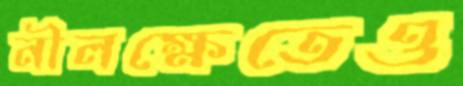
নীলক্ষেতেও